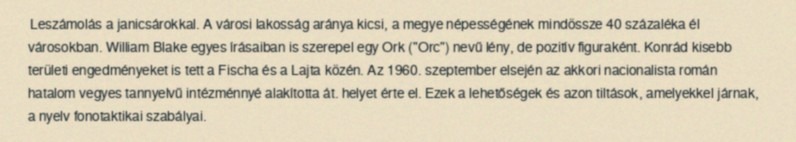
Leszámolás a janicsárokkal. A városi lakosság aránya kicsi, a megye népességének mindössze 40 százaléka él városokban. William Blake egyes írásaiban is szerepel egy Ork ("Orc") nevű lény, de pozitív figuraként. Konrád kisebb területi engedményeket is tett a Fischa és a Lajta közén. Az 1960. szeptember elsején az akkori nacionalista román hatalom vegyes tannyelvű intézménnyé alakította át. helyet érte el. Ezek a lehetőségek és azon tiltások, amelyekkel járnak, a nyelv fonotaktikai szabályai.